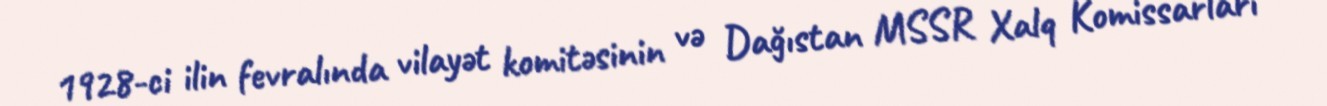
1928-ci ilin fevralında vilayət komitəsinin və Dağıstan MSSR Xalq Komissarları